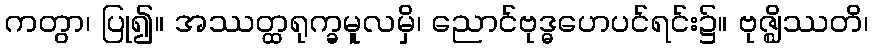
ကတွာ၊ ပြု၍။ အဿတ္ထရုက္ခမူလမှိ၊ ညောင်ဗုဒ္ဓဟေပင်ရင်း၌။ ဗုဇ္ဈိဿတိ၊